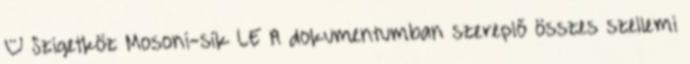
– Szigetköz Mosoni-sík LE A dokumentumban szereplő összes szellemi